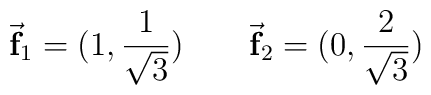
\vec{\hbox{\bf f}}_1 = (1,{1\over{\sqrt{3}}}) \qquad\vec{\hbox{\bf f}}_2 = (0,{2\over{\sqrt{3}}})